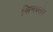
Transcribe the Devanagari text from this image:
सिनक्लेर